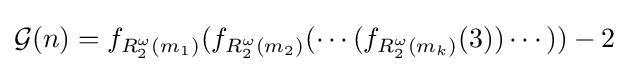
{\mathcal {G}}(n)=f_{R_{2}^{\omega }(m_{1})}(f_{R_{2}^{\omega }(m_{2})}(\cdots (f_{R_{2}^{\omega }(m_{k})}(3))\cdots ))-2